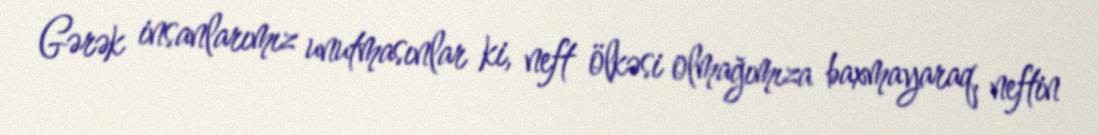
Gərək insanlarımız unutmasınlar ki, neft ölkəsi olmağımıza baxmayaraq, neftin